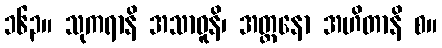
၁၆၃။ သုကရာနိ အသာဓူနိ၊ အတ္တနော အဟိတာနိ စ။